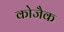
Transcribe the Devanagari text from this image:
कोजैक